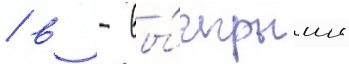
/ в - вы́игрыши